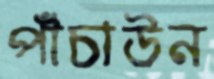
পাঁচাউন